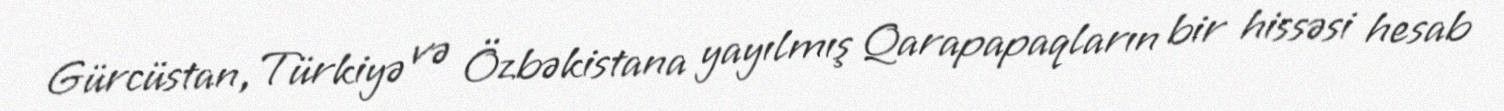
Gürcüstan, Türkiyə və Özbəkistana yayılmış Qarapapaqların bir hissəsi hesab